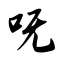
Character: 呒